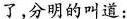
了，分明的叫道：